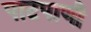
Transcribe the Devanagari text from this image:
पाटपाणी